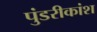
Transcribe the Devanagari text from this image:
पुंडरीकांश